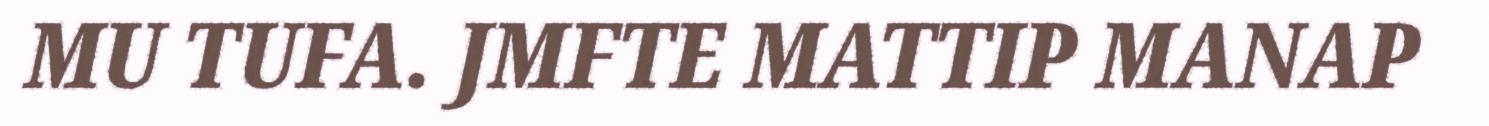
MU TUFA. JMFTE MATTIP MANAP